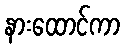
နားထောင်ကာ